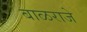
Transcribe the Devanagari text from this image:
बाळराजे